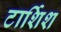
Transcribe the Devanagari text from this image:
टार्शिश